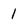
Character: 1